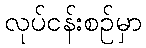
လုပ်ငန်းစဉ်မှာ